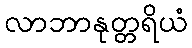
လာဘာနုတ္တရိယံ